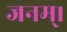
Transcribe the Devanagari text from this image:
जनम्।